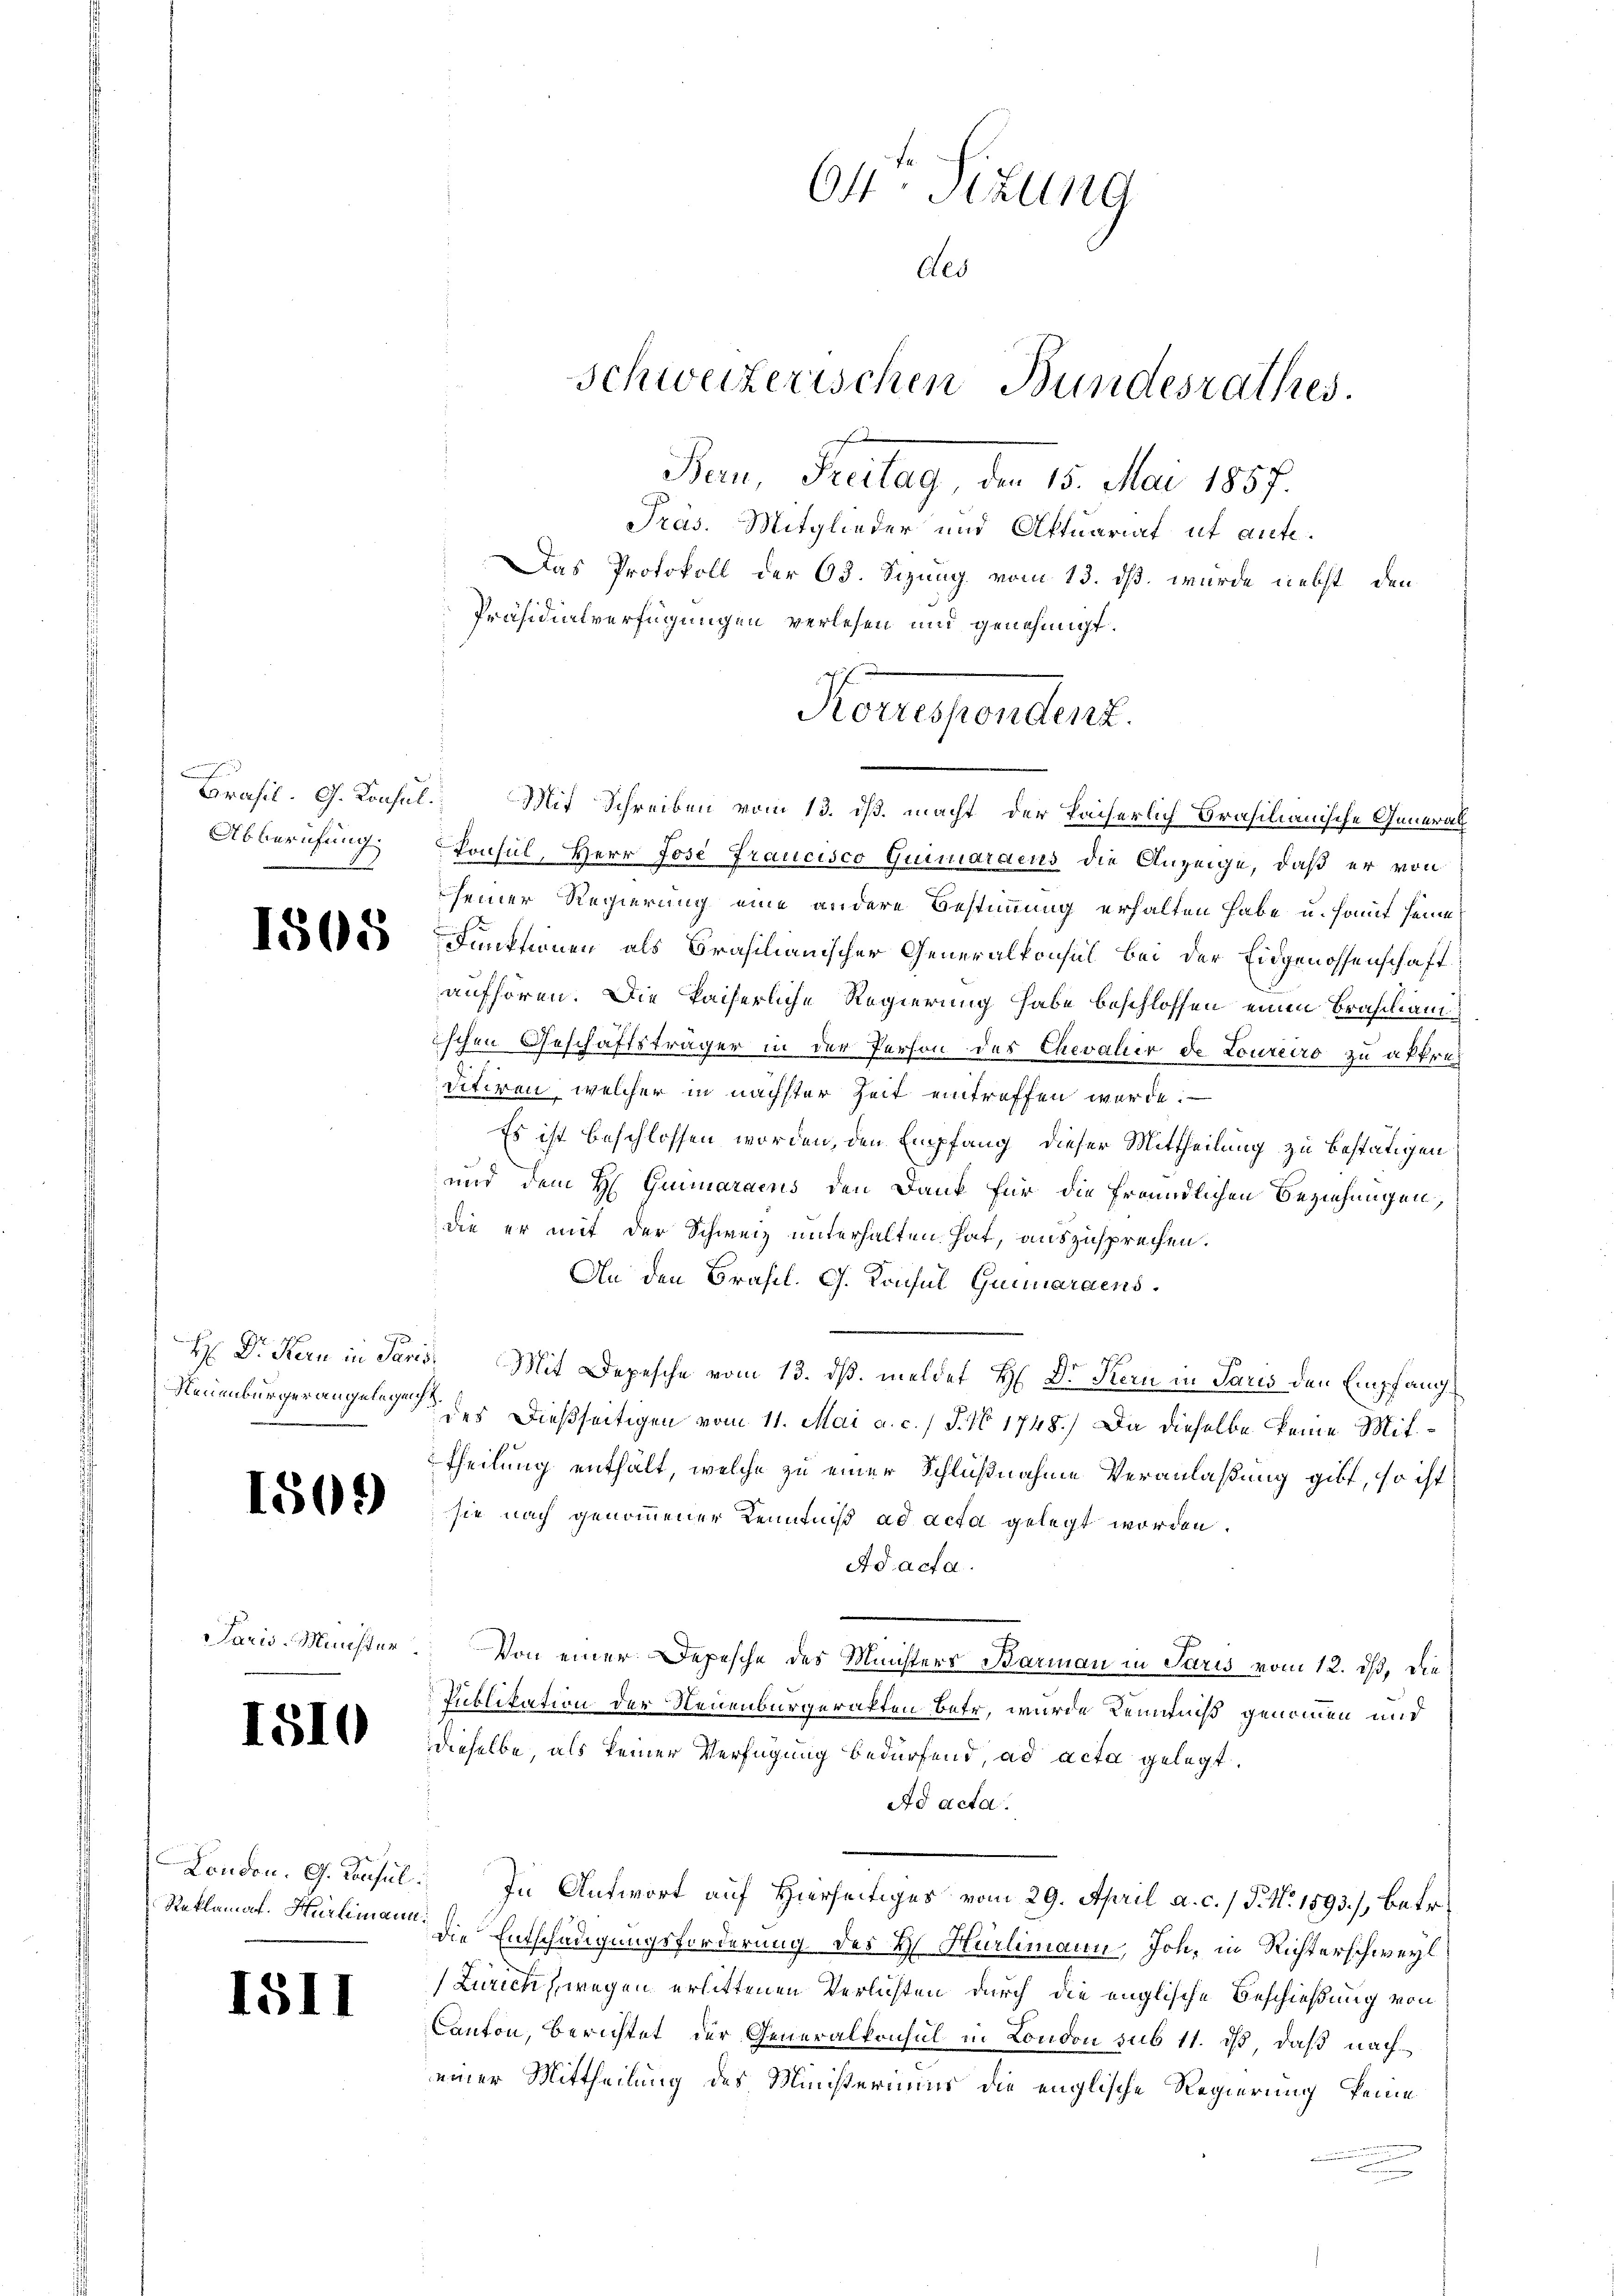
Abberufung.

1505

9

1509

1810

15II

Brasil. G. Konsul, Mit Schreiben vom 13. ds. macht der kaiserlich Brasilianische General¬
Consul, Herr Jose Fraucisco Quimaraeus die Anzeige, daß er von
seiner Regierung eine andere Bestimmung erhalten habe u. somit seine
Funktionen als Brasilianischer Generalkonsul bei der Eidgenossenschaft
aufhören. Die kaiserliche Regierung habe beschlossen einen Brascham
ischen Geschäftsträger in der Person des Chevalier de Loureiro zu attreditiren, welcher in nächster Zeit eintreffen werde. —
Es ist beschlossen worden, den Empfang, dieser Mittheilung zu bestätigen
und dem H. Grimaraens den Dank für die freundlichen Beziehungen,
die er mit der Schweiz unterhalten hat, auszusprechen.
An den Brasil. G. Konsul Quaraens.
H Dr. Kan in Paris. Mit Depesche vom 13. ds. meldet H. Dr Kern in Paris den Empfang¬
Neuenburger angelegen des dießseitigen vom 11. Mai a. c. J. No 1748.) Da dieselbe keine Mittheilung enthält, welche zu einer Schlußnahme Veranlaßung gibt, so ist
sie nach genommener Kenntniß ad acta gelegt worden.
Ad acta.
Paris-Münster. Von einer Depesche des Ministers Barmann in Paris vom 12. ds, die
Publikation der Neuenburgeratten betr, wurde Kenntniß genommen und
derselbe, als keiner Verfügung bedürfend, ad acta gelegt.
Ad acta.
London. G. Consul. In Antwort auf Hierseitiges vom 29. April a. c. / P. Nr. 1893), betr.
Reklamat. Hürlimann die Entschädigungsforderung des H. Hürlimann, Joh. in Richterschweyl
(Zürich wegen erlittenen Verlichten durch die englische Beschießung von
Canton, berichtet der Generalkonsul in London sub 11. dß daß nacheiner Mittheilung des Ministeriums die englische Regierung keine

O4. Titung
Als
schweizerischen Bundesrathes.

Bern, Freitag, den 15. Mai 1857.
Präs. Mitglieder und Aktuariat ut ante.
Das Protokoll der 63. Sizung vom 13. dß wurde nebst, den
Präsidialverfügungen verlesen und genehmigt.

Konependens.